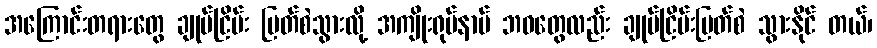
အကြောင်းတရားတွေ ချုပ်ငြိမ်း ပြတ်စဲသွားလို့ အကျိုးရုပ်နာမ် ဘဝတွေလည်း ချုပ်ငြိမ်းပြတ်စဲ သွားနိုင် တယ်၊